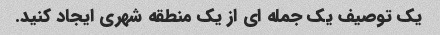
یک توصیف یک جمله ای از یک منطقه شهری ایجاد کنید.